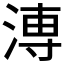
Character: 𱧈